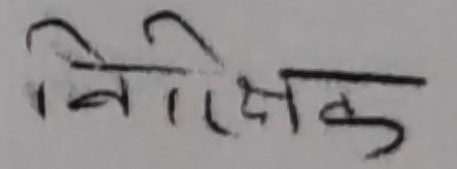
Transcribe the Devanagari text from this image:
निरीक्षक